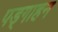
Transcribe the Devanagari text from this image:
पड्गाहन